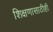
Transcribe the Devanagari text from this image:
शिक्षणासाठीही